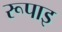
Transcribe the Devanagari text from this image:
रूपाइ